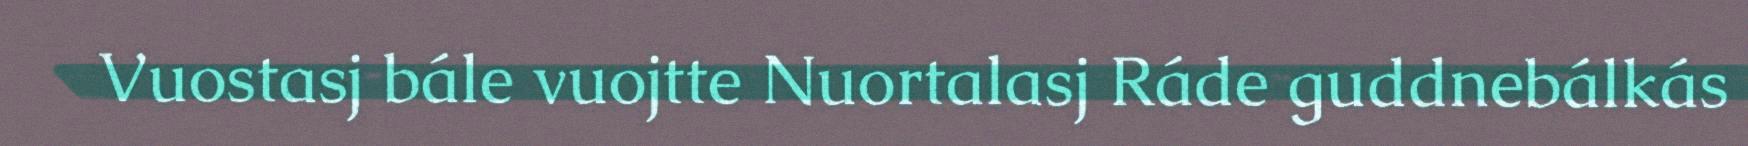
Vuostasj bále vuojtte Nuortalasj Ráde guddnebálkás